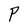
Character: P